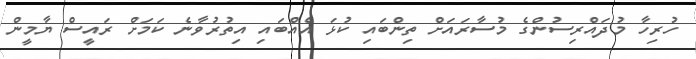
ހުރިހާ މުދައްރިސުންގެ މުސާރައަށް ތިންބައި ކުޅަ އެއްބައި އިތުރުވާނެ ކަމަށް ރައީސް ޔާމީން